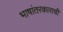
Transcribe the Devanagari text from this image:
भाषांतरकाराची